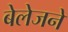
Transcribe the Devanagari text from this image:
बेलेजने